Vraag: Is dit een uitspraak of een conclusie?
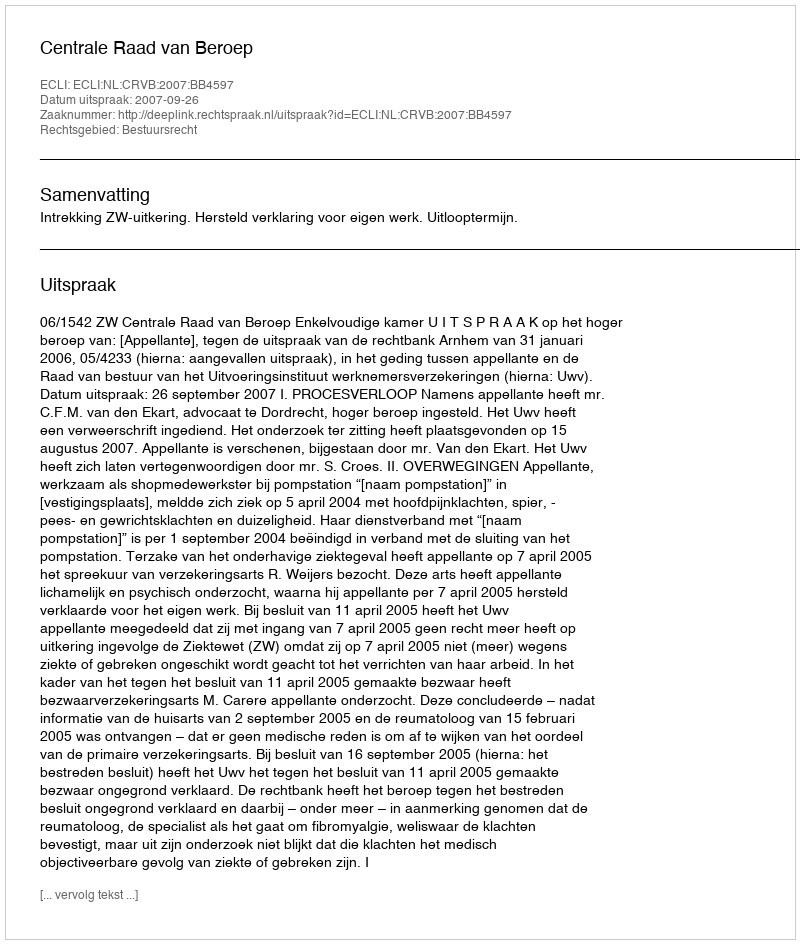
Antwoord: Uitspraak